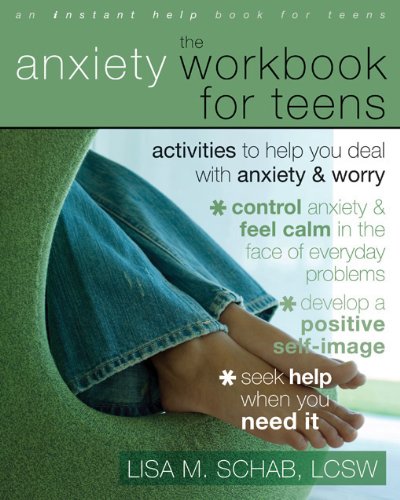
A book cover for The Anxiety Workbook for Teens: Activities to Help You Deal with Anxiety and Worry; Lisa M. Schab LCSW; Medical Books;